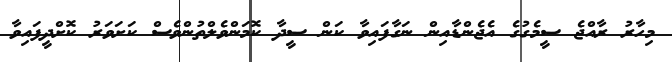
މިހާރު ރާއްޖެ ސީމެގުގެ އެޖެންޑާއިން ނަގާފައިވާ ކަން ސީދާ ކޮމަންވެލްތުންވެސް ކަށަވަރު ކޮށްދީފައިވާ